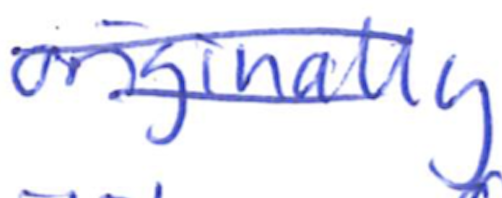
Text: originally
Cross-out: double-line
Writing tool: ballpoint